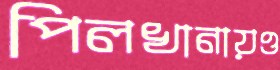
পিলখানায়ও